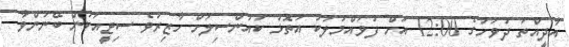
އާދީއްތަ ދުވަހުގެ 12:00 އަށް ފުވައްމުލަކު އަތޮޅު ކައުންސިލަށް ހާޒިރުވެ ސިޓީއަކުން ބޭނުންވާ